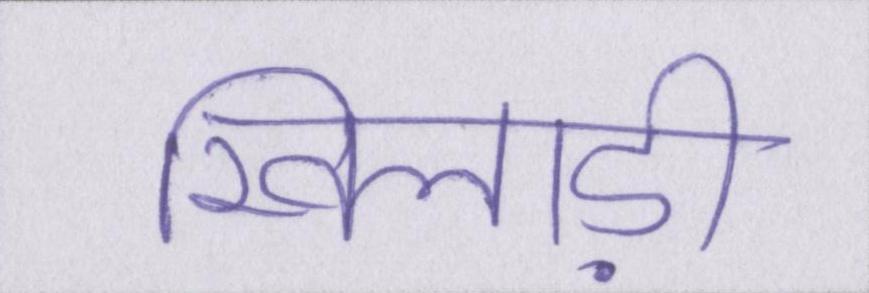
खिलाड़ी